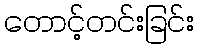
တောင့်တင်းခြင်း